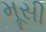
મૂસી